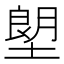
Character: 塱